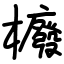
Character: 櫠